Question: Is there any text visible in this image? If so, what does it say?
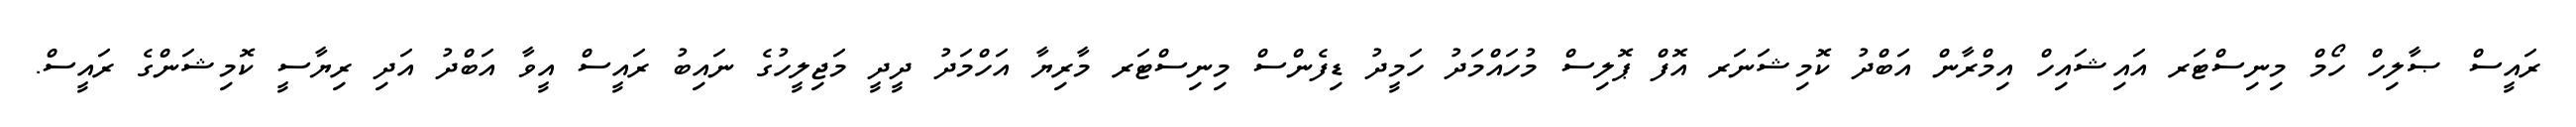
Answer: ރައީސް ޞާލިހް ހޯމް މިނިސްޓަރ އައިޝައިހް އިމްރާން އަބްދު ކޮމިޝަނަރ އޮފް ޕޮލިސް މުހައްމަދު ހަމީދު ޑިފެންސް މިނިސްޓަރ މާރިޔާ އަހްމަދު ދީދީ މަޖިލީހުގެ ނައިބު ރައީސް އީވާ އަބްދު އަދި ރިޔާސީ ކޮމިޝަންގެ ރައީސް.